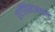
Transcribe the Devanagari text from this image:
एंटीहिस्टामाइंस